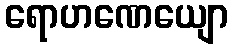
ရောဟဏေယျော